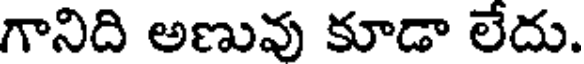
గానిది అణువు కూడా లేదు.